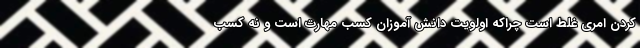
کردن امری غلط است چراکه اولویت دانش آموزان کسب مهارت است و نه کسب